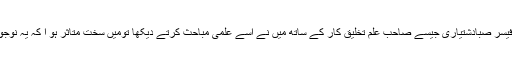
پروفیسر رزاق صابر اور پروفیسر صبادشتیاری جیسے صاحب علم تخلیق کار کے ساتھ میں نے اسے علمی مباحث کرتے دیکھا تومیں سخت متاثر ہو ا کہ یہ نوجوان کس قدر مطالعہ کرتا ہے ۔